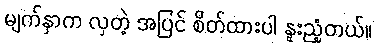
မျက်နှာက လှတဲ့ အပြင် စိတ်ထားပါ နူးညံ့တယ်။